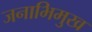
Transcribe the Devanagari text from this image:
जनाभिमुख